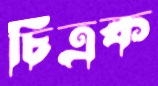
চিত্রক